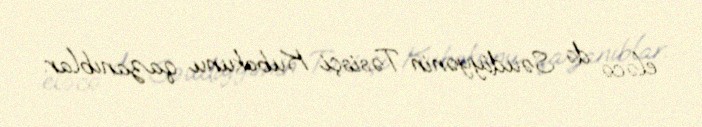
eləcə də Səudiyyənin Təsisçi Kubokunu qazanıblar.